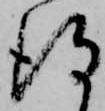
得